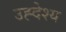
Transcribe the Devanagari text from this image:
उह्देश्य